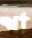
শা